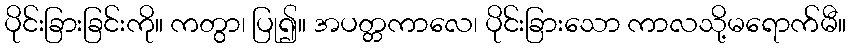
ပိုင်းခြားခြင်းကို။ ကတွာ၊ ပြု၍။ အပတ္တကာလေ၊ ပိုင်းခြားသော ကာလသို့မရောက်မီ။